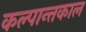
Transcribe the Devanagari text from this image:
कल्पान्तकाल